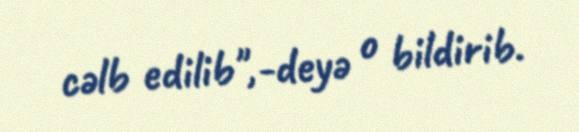
cəlb edilib",-deyə o bildirib.